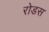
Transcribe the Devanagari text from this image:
रोडस